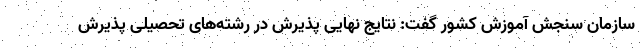
سازمان سنجش آموزش کشور گفت: نتایج نهایی پذیرش در رشته‌های تحصیلی پذیرش